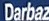
Darbaz